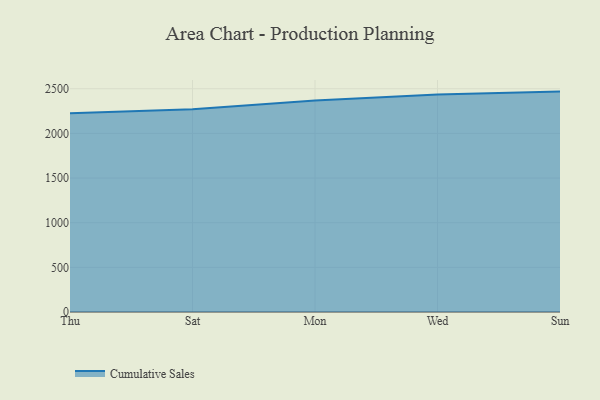
{"axis": {"x": "Day", "y": "Latency (ms)"}, "legend": ["Cumulative Sales"], "data": [{"x": "Thu", "y": 2225.6, "type": "Cumulative Sales"}, {"x": "Sat", "y": 2271.0, "type": "Cumulative Sales"}, {"x": "Mon", "y": 2367.6, "type": "Cumulative Sales"}, {"x": "Wed", "y": 2434.8, "type": "Cumulative Sales"}, {"x": "Sun", "y": 2468.1, "type": "Cumulative Sales"}]}